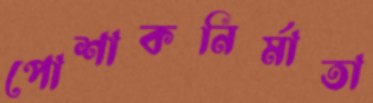
পোশাকনির্মাতা